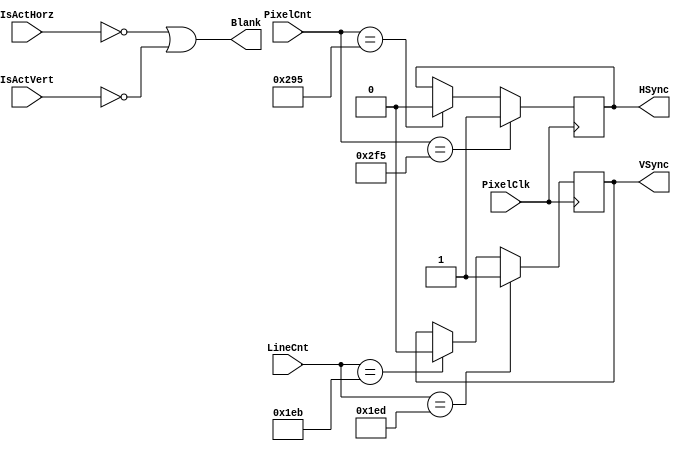
`timescale 1ns/1ps

// Video Signalling Generator - generate HSync, VSync, blanks video RGB output

module vsig #(
    parameter XWIDTH = 10,
    parameter YWIDTH = 10,
    parameter HSMIN = 661,
    parameter HSMAX = 757,
    parameter VSMIN = 491,
    parameter VSMAX = 493
) (
    input wire PixelClk,
    input wire[XWIDTH-1:0] PixelCnt,
    input wire[YWIDTH-1:0] LineCnt,
    input wire IsActHorz,
    input wire IsActVert,
    output reg HSync,
    output reg VSync,
    output wire Blank
);

assign Blank = !IsActHorz || !IsActVert;

always @(posedge PixelClk) begin
    if (PixelCnt == HSMIN) HSync <= 0;
    if (PixelCnt == HSMAX) HSync <= 1;

    if (LineCnt == VSMIN) VSync <= 0;
    if (LineCnt == VSMAX) VSync <= 1;
end

endmodule